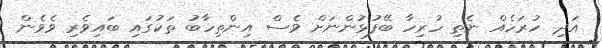
އަދި ހުރަހެއް ނެތި ހުރިހާ ބޭފުޅުންނަށް ވެސް އިންތިހާބު ތަކުގައި ބައިވެރި ވެވެން